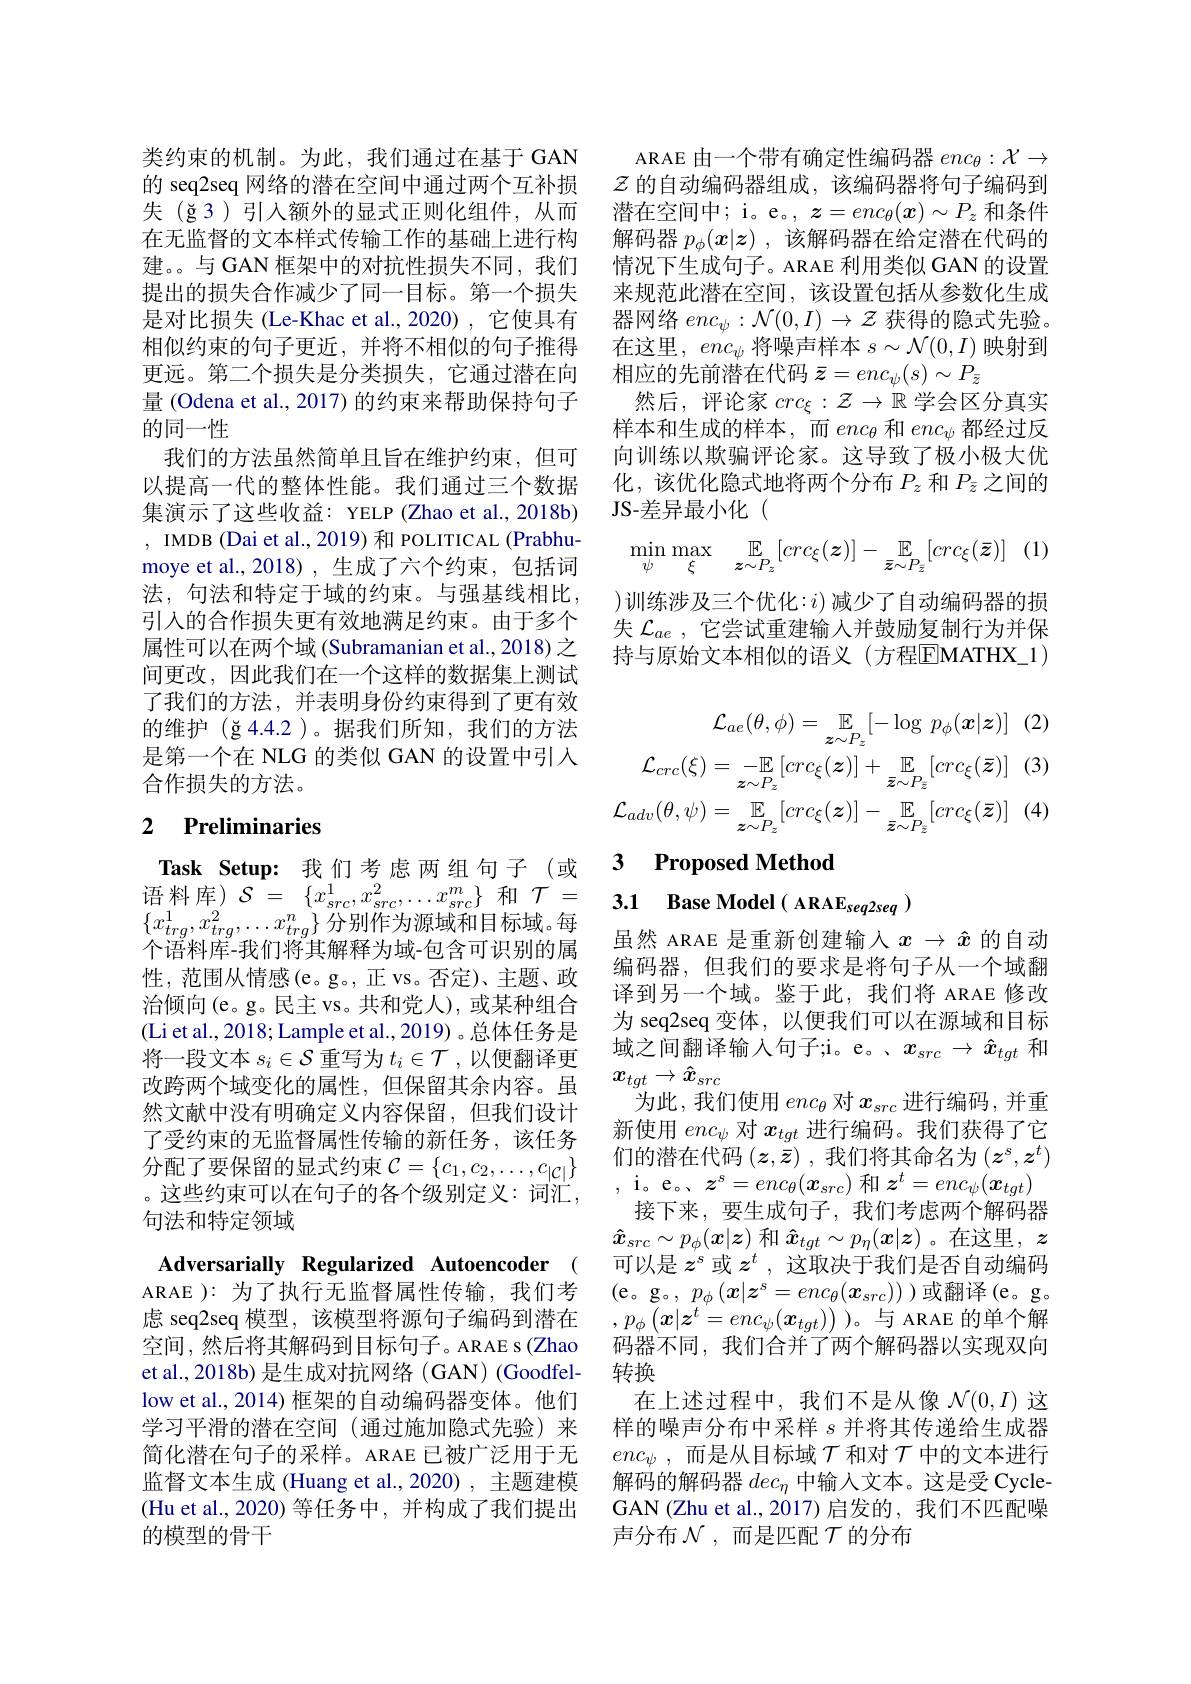
类约束的机制。为此，我们通过在基于 GAN 的 seq2seq 网络的潜在空间中通过两个互补损失(ğ3)引入额外的显式正则化组件，从而在无监督的文本样式传输工作的基础上进行构建。与 GAN 框架中的对抗性损失不同，我们提出的损失合作减少了同一目标。第一个损失是对比损失(Le-Khac et al.,2020) ,它使具有相似约束的句子更近，并将不相似的句子推得更远。第二个损失是分类损失，它通过潜在向量 (Odena et al., 2017) 的约束来帮助保持句子的同一性
我们的方法虽然简单且旨在维护约束，但可以提高一代的整体性能。我们通过三个数据集演示了这些收益：YELP (Zhao et al., 2018b) , IMDB (Dai et al., 2019) 和 POLITICAL (Prabhumoye et al., 2018), 生成了六个约束，包括词法，句法和特定于域的约束。与强基线相比， 引入的合作损失更有效地满足约束。由于多个属性可以在两个域 (Subramanian et al., 2018) 之间更改，因此我们在一个这样的数据集上测试了我们的方法，并表明身份约束得到了更有效的维护$(\check{\mathrm{g}}4.4.2$ )。据我们所知，我们的方法是第一个在 NLG 的类似 GAN 的设置中引入合作损失的方法。

## 2 $\textbf{Preliminaries}$

$x_{tra}^{1},x_{tra}^{2},\ldots x_{tra}^{n}\}$分别作为源域和目标域。每个语料库-我们将其解释为域-包含可识别的属性，范围从情感(e。g。,正 vs。否定)、主题、政治倾向(e。g。民主 vs。共和党人),或某种组合(Li et al., 2018; Lample et al., 2019) 。总体任务是将一段文本$s_i\in\mathcal{S}$重写为$t_i\in\mathcal{T}$,以便翻译更改跨两个域变化的属性，但保留其余内容。虽然文献中没有明确定义内容保留，但我们设计了受约束的无监督属性传输的新任务，该任务分配了要保留的显式约束$\mathcal{C}=\{c_1,c_2,\ldots,c_{|\mathcal{C}|}\}$ 。这些约束可以在句子的各个级别定义：词汇， 句法和特定领域

Adversarially Regularized Autoencoder ( ARAE ): 为了执行无监督属性传输，我们考虑 seq2seq 模型，该模型将源句子编码到潜在空间，然后将其解码到目标句子。ARAE s(Zhao et al., 2018b) 是生成对抗网络 ( GAN) (Goodfellow et al., 2014) 框架的自动编码器变体。他们学习平滑的潜在空间(通过施加隐式先验)来简化潜在句子的采样。ARAE 已被广泛用于无监督文本生成 (Huang et al.,2020) ,主题建模(Hu et al., 2020) 等任务中，并构成了我们提出的模型的骨干

ARAE 由一个带有确定性编码器$enc_\theta:\mathcal{X}\to$ $\mathcal{Z}$的自动编码器组成，该编码器将句子编码到潜在空间中；i。e。, $z=enc_\theta(\boldsymbol{x})\sim P_z$和条件解码器$p_\phi(x|z)$ ,该解码器在给定潜在代码的情况下生成句子。ARAE 利用类似 GAN 的设置来规范此潜在空间，该设置包括从参数化生成器网络$enc_\psi:\mathcal{N}(0,I)\to\mathcal{Z}$获得的隐式先验。在这里，$enc_\psi$将噪声样本$s\sim\mathcal{N}(0,I)$映射到相应的先前潜在代码$\bar{z}=enc_\psi(s)\sim P_{\bar{z}}$
然后，评论家$crc_\xi:\mathcal{Z}\to\mathbb{R}$学会区分真实样本和生成的样本，而$enc_\theta$和$enc_\psi$都经过反向训练以欺骗评论家。这导致了极小极大优化，该优化隐式地将两个分布$P_z$和$P_{\bar{z}}$之间的JS-差异最小化(
$$\min\limits_{\psi}\max\limits_{\xi}\quad\mathbb{E}\limits_{\boldsymbol{z}\sim P_z}[crc_\xi(\boldsymbol{z})]-\mathbb{E}\limits_{\bar{\boldsymbol{z}}\sim P_{\bar{\boldsymbol{z}}}}[crc_\xi(\bar{\boldsymbol{z}})]$$
)训练涉及三个优化：$i)$减少了自动编码器的损失$\mathcal{L}_{ae}$,它尝试重建输入并鼓励复制行为并保持与原始文本相似的语义(方程EMATHX_1)
$$\mathcal{L}_{ae}(\theta,\phi)=\mathbb{E}_{z\sim P_{z}}[-\log\:p_{\phi}(\boldsymbol{x}|\boldsymbol{z})]\quad(2)\\\mathcal{L}_{crc}(\xi)=-\mathbb{E}_{\boldsymbol{z}\sim P_{z}}[crc_{\xi}(\boldsymbol{z})]+\mathbb{E}_{\bar{\boldsymbol{z}}\sim P_{\bar{z}}}[crc_{\xi}(\bar{\boldsymbol{z}})]\quad(3)\\\mathcal{L}_{adv}(\theta,\psi)=\mathbb{E}_{\boldsymbol{z}\sim P_{z}}[crc_{\xi}(\boldsymbol{z})]-\mathbb{E}_{\bar{\boldsymbol{z}}\sim P_{\bar{z}}}[crc_{\xi}(\bar{\boldsymbol{z}})]\quad(4)$$
$\textbf{Task Setup: 我 们 考 虑 两 组 句 子 ( 或 }$ 3 $\textbf{Proposed Method}$语 料 库 ) $\mathcal{S} = \left \{ x_{src}^{1}, x_{src}^{2}, \ldots x_{src}^{m}\right \}$和 $\mathcal{T} =$ 3.1 $\textbf{Base Model( ARAE}_{seq2seq})$

虽然 ARAE 是重新创建输入$x\to\hat{x}$的自动编码器，但我们的要求是将句子从一个域翻译到另一个域。鉴于此，我们将 ARAE 修改为 seq2seq 变体，以便我们可以在源域和目标域之间翻译输入句子；i。e。、$x_{src}\to\hat{x}_{tgt}$和$x_{tgt}\to\hat{x}_{src}$
为此，我们使用$enc_\theta$对$x_{src}$进行编码，并重新使用$enc_\psi$对$x_{tgt}$进行编码。我们获得了它们的潜在代码$(\boldsymbol{z},\overline{\bar{z}})$,我们将其命名为$(\boldsymbol{z}^s,\boldsymbol{z}^t)$ , i。e。$z^s=enc_\theta(\boldsymbol{x}_{src})$和$\boldsymbol z^t=enc_\psi(\boldsymbol{x}_{tgt})$ 接下来，要生成句子，我们考虑两个解码器$\hat{x}_{src}\sim p_\phi(x|\boldsymbol{z})$和$\hat{x}_tgt\sim p_\eta(\boldsymbol{x}|\boldsymbol{z})$。在这里，$\boldsymbol z$ 可以是$z^s$或$z^t$ ,这取决于我们是否自动编码(e。g。$,p_\phi(\boldsymbol{x}|\boldsymbol{z}^s=enc_\theta(\boldsymbol{x}_{src}))$)或翻译(e。g。$,p_{\phi}\left(\boldsymbol{x}|\boldsymbol{z}^{t}=enc_{\psi}(\boldsymbol{x}_{tgt})\right)$。与 ARAE 的单个解码器不同，我们合并了两个解码器以实现双向转换
在上述过程中，我们不是从像$\mathcal{N}(0,I)$这样的噪声分布中采样$s$并将其传递给生成器$enc_\psi$,而是从目标域$\mathcal{T}$和对$\mathcal{T}$中的文本进行解码的解码器$dec_\eta$中输入文本。这是受 CycleGAN (Zhu et al., 2017) 启发的，我们不匹配噪声分布$\mathcal{N}$ ,而是匹配$\mathcal{T}$的分布